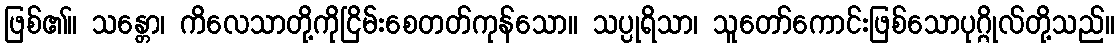
ဖြစ်၏။ သန္တော၊ ကိလေသာတို့ကိုငြိမ်းစေတတ်ကုန်သော။ သပ္ပုရိသာ၊ သူတော်ကောင်းဖြစ်သောပုဂ္ဂိုလ်တို့သည်။